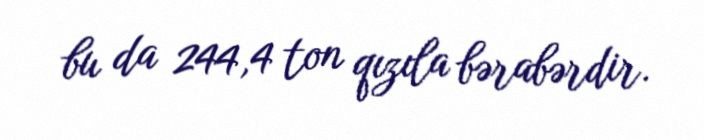
bu da 244,4 ton qızıla bərabərdir.